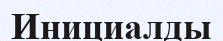
Инициалды